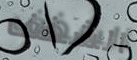
الشغف